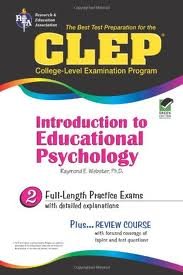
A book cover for CLEP Introduction to Educational Psychology (REA) - The Best Test Prep (CLEP Test Preparation); Dr. Raymond E. Webster Ph.D.; Test Preparation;